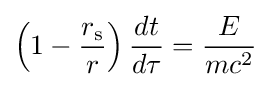
\left(1-{\frac {r_{\text{s}}}{r}}\right){\frac {dt}{d\tau }}={\frac {E}{mc^{2}}}